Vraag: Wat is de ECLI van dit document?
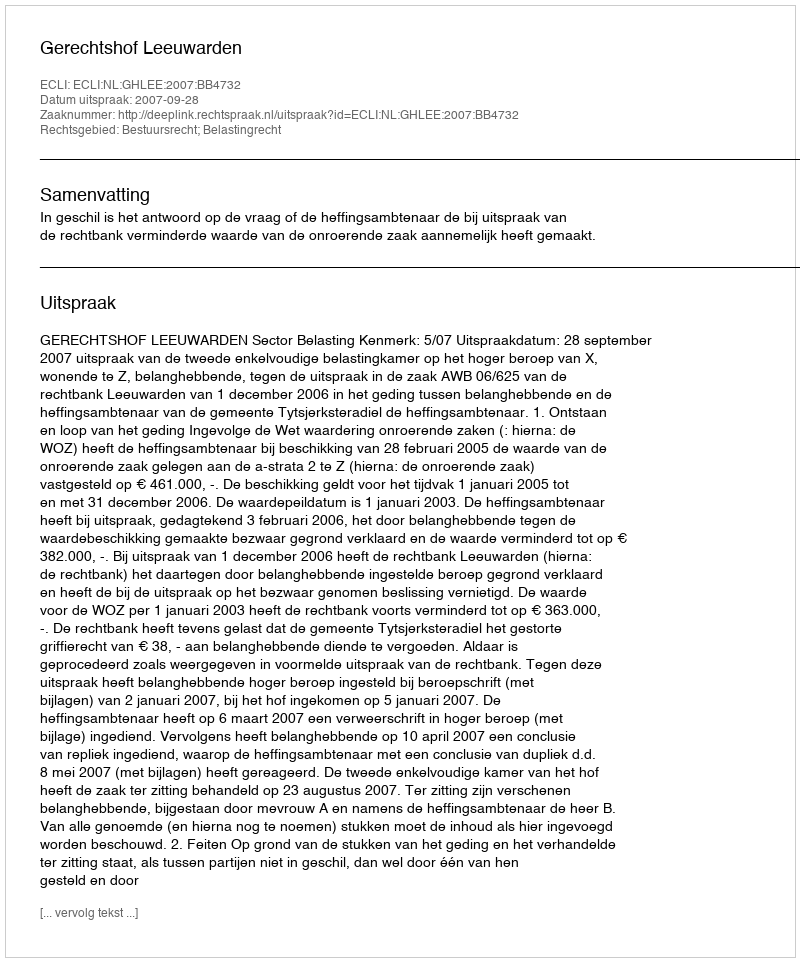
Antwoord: ECLI:NL:GHLEE:2007:BB4732